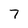
Character: 7